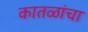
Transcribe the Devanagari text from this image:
कातळांचा